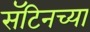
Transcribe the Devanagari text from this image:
सॅटिनच्या